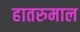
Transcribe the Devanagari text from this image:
हातरुमाल